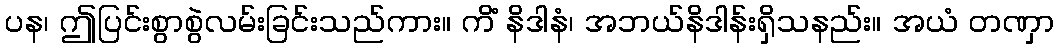
ပန၊ ဤပြင်းစွာစွဲလမ်းခြင်းသည်ကား။ ကိံ နိဒါနံ၊ အဘယ်နိဒါန်းရှိသနည်း။ အယံ တဏှာ